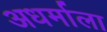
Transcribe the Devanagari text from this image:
अधर्माला